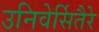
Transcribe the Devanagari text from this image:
उनिवेर्सितैरे